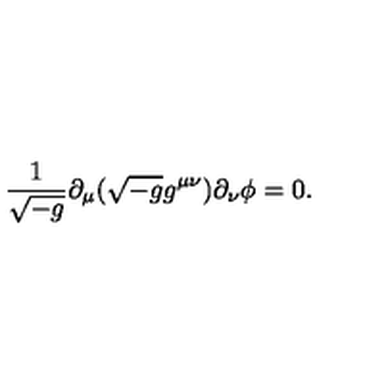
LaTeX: { \frac { 1 } { \sqrt { - g } } } \partial _ { \mu } ( \sqrt { - g } g ^ { \mu \nu } ) \partial _ { \nu } \phi = 0 .